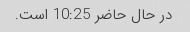
در حال حاضر 10:25 است.